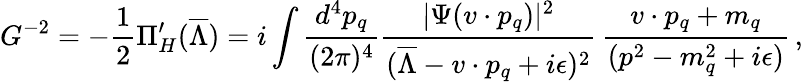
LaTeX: G^{-2}=-{\frac{1}{2}}\Pi_{H}^{\prime}(\overline{{{\Lambda}}})=i\int{\frac{d^{4}p_{q}}{(2\pi)^{4}}}{\frac{|\Psi(v\cdot p_{q})|^{2}}{(\overline{{{\Lambda}}}-v\cdot p_{q}+i\epsilon)^{2}}}\, {\frac{v\cdot p_{q}+m_{q}}{(p^{2}-m_{q}^{2}+i\epsilon)}}\, ,